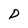
Character: D